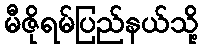
မီဇိုရမ်ပြည်နယ်သို့